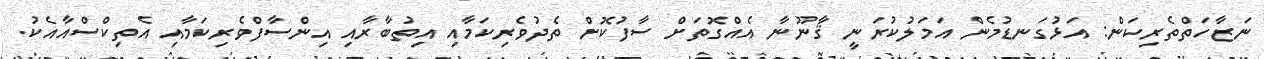
ނަޒާހަތްތެރިކަން: އަޅުގަނޑުމެން އަމަލުކުރަނީ ޤާނޫނާ އެއްގޮތަށް ސާފުކޮށް ތެދުވެރިކަމާއި އިތުބާރާއި އިންސާފްވެރިކަމާއި އެތިކްސްއާއެކު.